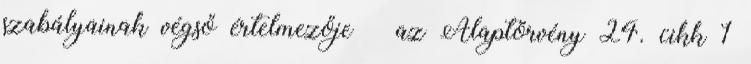
szabályainak végső értelmezője – az Alaptörvény 24. cikk 1